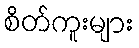
စိတ်ကူးများ